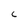
Character: C